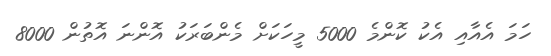
ހަމަ އެއާއި އެކު ކޮންމެ 5000 މީހަކަށް މެންބަރަކު އޮންނަ އޮތުން 8000